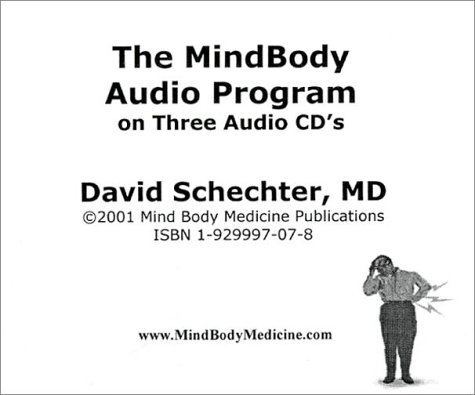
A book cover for The MindBody Audio Program; David Schechter; Health, Fitness & Dieting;